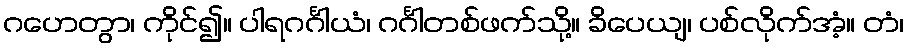
ဂဟေတွာ၊ ကိုင်၍။ ပါရဂင်္ဂါယံ၊ ဂင်္ဂါတစ်ဖက်သို့။ ခိပေယျ၊ ပစ်လိုက်အံ့။ တံ၊